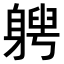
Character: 𨉯